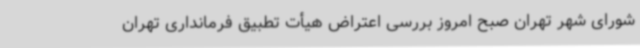
شورای شهر تهران صبح امروز بررسی اعتراض هیأت تطبیق فرمانداری تهران